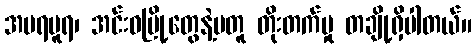
အမရပူရ၊ အင်းဝမြို့တွေနဲ့မတူ တိုးတက်မှု တချို့ရှိပါတယ်။